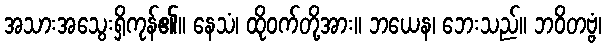
အသားအသွေးရှိကုန်၏။ နေသံ၊ ထိုဝက်တို့အား။ ဘယေန၊ ဘေးသည်။ ဘဝိတဗ္ဗံ၊